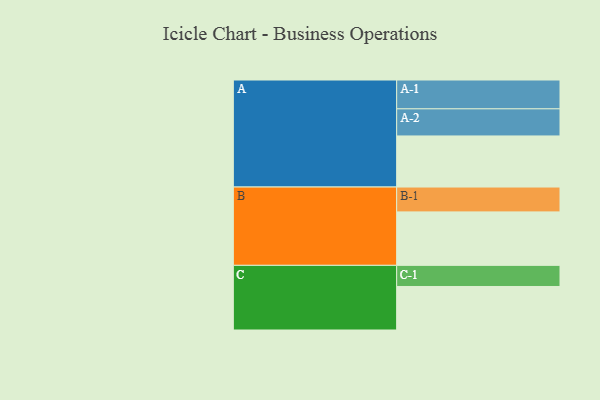
{"axis": {"x": "Segment", "y": "Value"}, "legend": ["", "A", "B", "C"], "data": [{"x": "A", "y": 411, "type": ""}, {"x": "B", "y": 430, "type": ""}, {"x": "C", "y": 350, "type": ""}, {"x": "A-1", "y": 232, "type": "A"}, {"x": "A-2", "y": 218, "type": "A"}, {"x": "B-1", "y": 200, "type": "B"}, {"x": "C-1", "y": 170, "type": "C"}]}